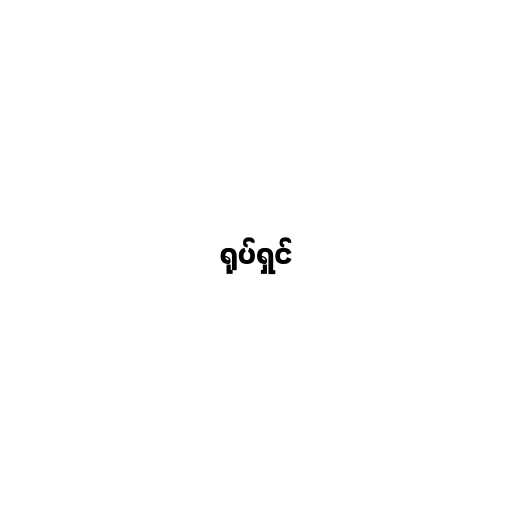
ရုပ်ရှင်